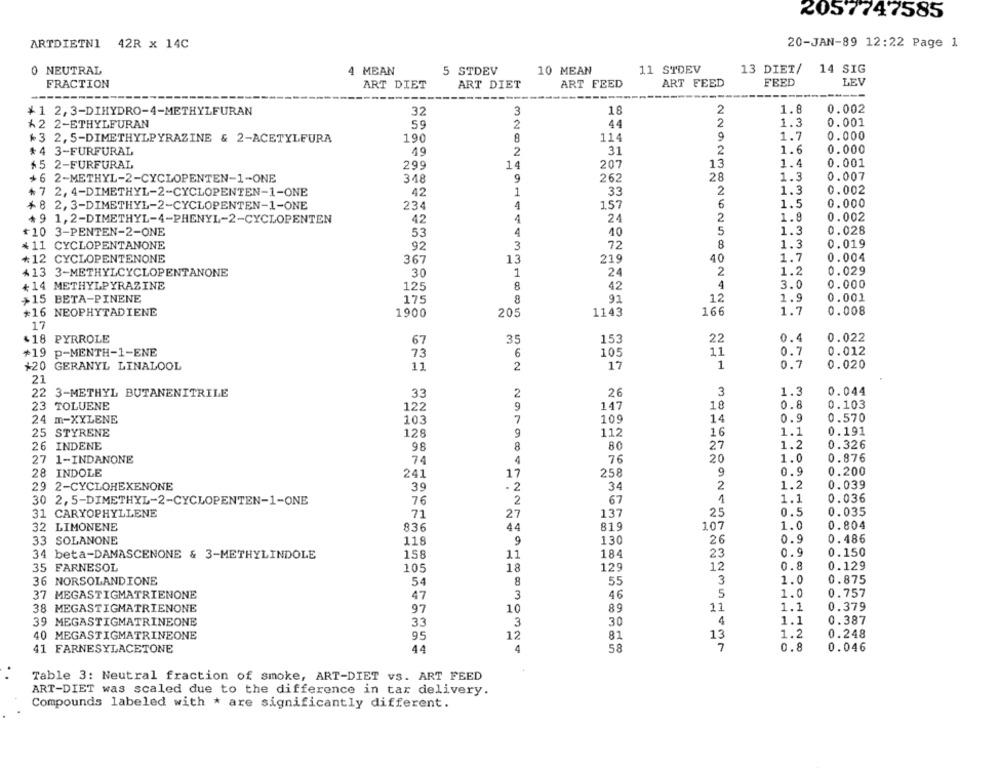
2057747585
ARTDIETN1 42R x 14C
20-JAN-89 12:22 Page 1
O NEUTRAL
11 STDEV
13 DIET/
14 SIG
4 MEAN
5 STDEV
10 MEAN
FRACTION
ART DIET
ART DIET
ART FEED
ART FEED
FEED
LEV
$1 2, 3-DIHYDRO-4-METHYLFURAN
32
3
18
1.8
0.002
44
1.3
0.001
12 2-ETHYLFURAN
59
2
+3 2, 5-DIMETHYLPYRAZINE & 2-ACETYLFURA
190
8
114
1.7
0.000
$4 3-FURFURAL
49
2
31
2
1.6
0.000
$5 2-FURFURAL
299
14
207
13
1.4
0.001
28
1.3
0.007
+6 2-METHYL-2-CYCLOPENTEN-1-ONE
348
9
262
+7 2, 4-DIMETHYL-2-CYCLOPENTEN-1-ONE
42
1
33
1.3
0.002
+8 2, 3-DIMETHYL-2-CYCLOPENTEN-1-ONE
234
4
157
1.5
0.000
+9 1,2-DIMETHYL-4-PHENYL-2-CYCLOPENTEN
42
4
24
1.8
0.002
4
5
0.028
+10 3-PENTEN-2-ONE
53
10
1.3
+11 CYCLOPENTANONE
92
3
72
8
1.3
0.019
*12 CYCLOPENTENONE
367
13
219
40
1.7
0.004
413 3-METHYLCYCLOPENTANONE
30
1
24
2
1.2
0.029
+14 METHYLPYRAZINE
8
4
3.0
0.000
125
42
$15 BETA-PINENE
175
8
91
12
1.9
0.001
*16 NEOPHYTADIENE
1900
205
1143
166
1.7
0.008
17
+18 PYRROLE
153
0.4
0.022
67
22
+19 p-MENTH-1-ENE
73
6
105
11
0.7
0.012
+20 GERANYL LINALOOL
11
2
17
1
0.7
0.020
21
1.3
0.044
22 3-METHYL BUTANENITRILE
33
2
26
3
23 TOLUENE
122
9
147
18
0.8
0.103
24 m-XYLENE
103
7
109
14
0.9
0.570
25 STYRENE
128
112
16
1.1
0.191
26 INDENE
80
27
1.2
0.326
98
27 1-INDANONE
74
4
76
20
1.0
0.876
28 INDOLE
241
17
258
9
0.9
0.200
1.2
0.039
29 2-CYCLOHEXENONE
39
- 2
34
2
76
2
67
1
1.1
0.036
30 2, 5-DIMETHYL-2-CYCLOPENTEN-1-ONE
31 CARYOPHYLLENE
71
137
25
0.5
0.035
32 LIMONENE
836
44
819
107
1.0
0.804
33 SOLANONE
118
9
130
26
0.9
0.486
184
23
0.9
0.150
34 beta-DAMASCENONE & 3-METHYLINDOLE
158
11
35 FARNESOL
105
18
129
12
0.8
0.129
36 NORSOLANDIONE
54
8
55
3
1.0
0.875
37 MEGASTIGMATRIENONE
47
3
46
5
1.0
0.757
38 MEGASTIGMATRIENONE
10
89
11
1.1
0.379
97
39 MEGASTIGMATRINEONE
33
3
30
4
1.1
0.387
40 MEGASTIGMATRINEONE
95
12
81
13
1.2
0.248
41 FARNESYLACETONE
44
4
58
7
0.8
0.046
Table 3: Neutral fraction of smoke, ART-DIET vs. ART FEED
ART-DIET was scaled due to the difference in tar delivery.
Compounds labeled with * are significantly different.